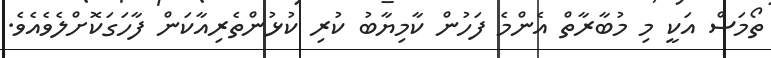
ތޯމަސް އަކީ މި މުބާރާތް އެންމެ ފަހުން ކާމިޔާބު ކުރި ކުޅުންތެރިއާކަން ފާހަގަކޮށްލެވެއެވެ.